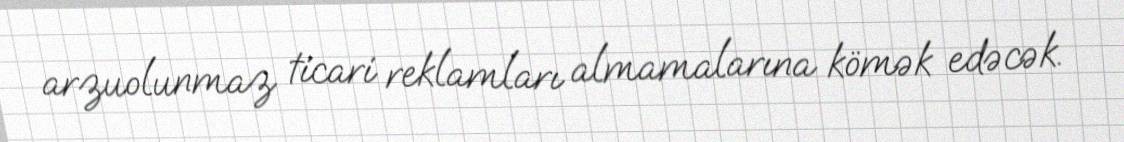
arzuolunmaz ticari reklamları almamalarına kömək edəcək.